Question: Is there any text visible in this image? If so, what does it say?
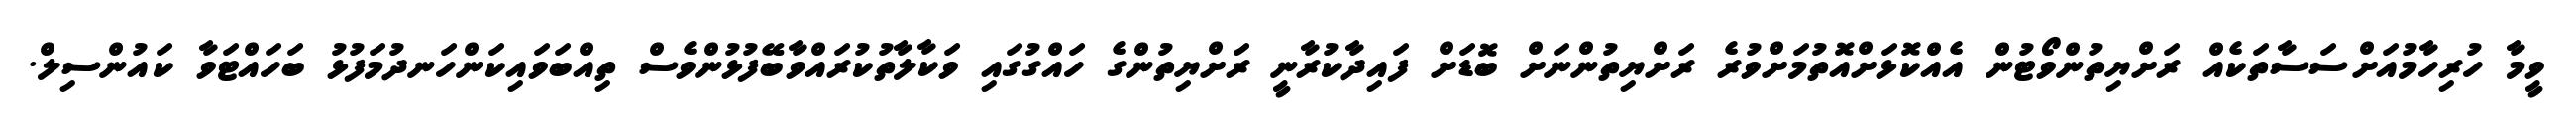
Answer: ވީމާ ހުރިހާމުއަށްސަސާތަކެއް ރަށްޔިތުންވޯޓުން އެއްކޮޅަށްއޮތުމަށްވުރެ ރަށްޔިތުންނަށް ބޮޑަށް ފައިދާކުރާނީ ރަށްޔިތުންގެ ހައްގުގައި ވަކާލާތުކުރައްވާބޭފުޅުންވެސް ތިއްބަވައިކަންހަނދުމަފުޅު ބަހައްޓަވާ ކައުންސިލް.